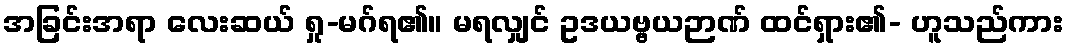
အခြင်းအရာ လေးဆယ် ရှု-မဂ်ရ၏။ မရလျှင် ဥဒယဗ္ဗယဉာဏ် ထင်ရှား၏- ဟူသည်ကား